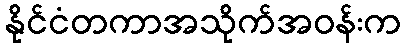
နိုင်ငံတကာအသိုက်အဝန်းက